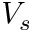
V _ { s }